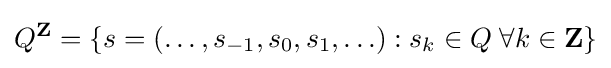
Q^{\mathbf {Z} }=\{s=(\ldots ,s_{-1},s_{0},s_{1},\ldots ):s_{k}\in Q\;\forall k\in \mathbf {Z} \}